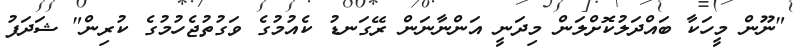
"ނޫން މީހަކާ ބައްދަލުކޮށްލަން މިދަނީ އަންނާނަން ރޭގަނޑު ކެއުމުގެ ވަގުތުޖެހުމުގެ ކުރިން" ޝަދަފު